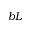
b L